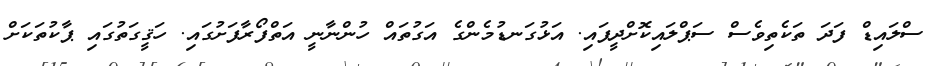
ސްލައިޑް ފަދަ ތަކެތިވެސް ސަޕްލައިކޮށްދީފައި. އަޅުގަނޑުމެންގެ އަގުތައް ހުންނާނީ އަތްފޯރާފަށުގައި. ހަޤީގަތުގައި ޕާކުތަކަށް